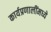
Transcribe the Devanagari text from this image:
कार्यप्रणालींमध्ये